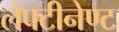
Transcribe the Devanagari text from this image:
लेफ्टीनेण्ट